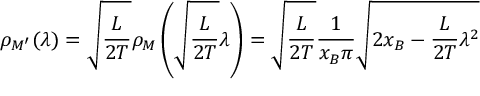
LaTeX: \rho _ { M ^ { \prime } } ( \lambda ) = \sqrt { \frac { L } { 2 T } } \rho _ { M } \left( \sqrt { \frac { L } { 2 T } } \lambda \right) = \sqrt { \frac { L } { 2 T } } \frac { 1 } { x _ { B } \pi } \sqrt { 2 x _ { B } - \frac { L } { 2 T } \lambda ^ { 2 } }